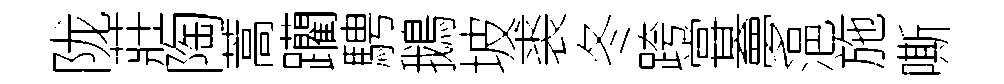
陇莊陶蒿躪騁鵝坡裘冬跨甞夣浥施嘶